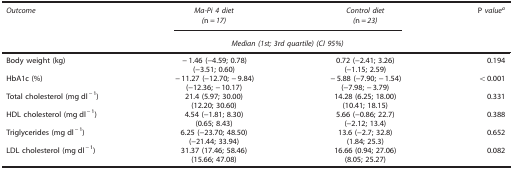
| Outcome | Ma-Pi 4 diet | Control diet | P valuea |
 |  | (n=17) | (n=23) |  |
 |  | <COLSPAN=2> Median (1st; 3rdquartile)(CI 95%) |  |
 | --- | --- | --- | --- |
 | Body weight (kg) | −1.46 (−4.59; 0.78) | 0.72 (−2.41; 3.26) | 0.194 |
 |  | (−3.51; 0.60) | (−1.15; 2.59) |  |
 | HbA1c (%) | −11.27 (−12.70; −9.84) | −5.88 (−7.90; −1.54) | <0.001 |
 |  | (−12.36; −10.17) | (−7.98; −3.79) |  |
 | Total cholesterol (mg dl−1) | 21.4 (5.97; 30.00) | 14.28 (6.25; 18.00) | 0.331 |
 |  | (12.20; 30.60) | (10.41; 18.15) |  |
 | HDL cholesterol (mg dl−1) | 4.54 (−1.81; 8.30) | 5.66 (−0.86; 22.7) | 0.388 |
 |  | (0.65; 8.43) | (−2.12; 13.4) |  |
 | Triglycerides (mg dl−1) | 6.25 (−23.70; 48.50) | 13.6 (−2.7; 32.8) | 0.652 |
 |  | (−21.44; 33.94) | (1.84; 25.3) |  |
 | LDL cholesterol (mg dl−1) | 31.37 (17.46; 58.46) | 16.66 (0.94; 27.06) | 0.082 |
 |  | (15.66; 47.08) | (8.05; 25.27) |  |